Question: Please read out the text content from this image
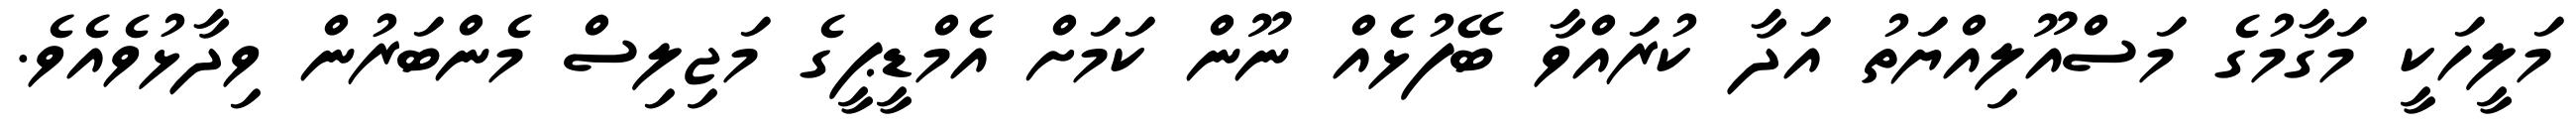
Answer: މަލީހަކީ މަގާމުގެ މަސްއޫލިއްޔަތު އަދާ ކުރައްވާ ބޭފުޅެއް ނޫން ކަމަށް އެމްޑީޕީގެ މަޖިލިސް މެންބަރުން ވިދާޅުވެއެވެ.